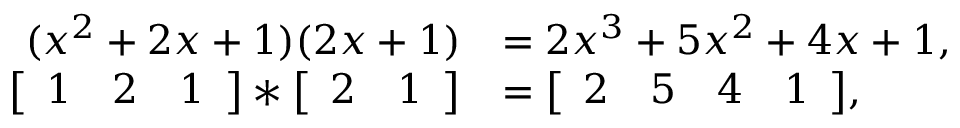
\begin{array} { r l } { ( x ^ { 2 } + 2 x + 1 ) ( 2 x + 1 ) } & { = 2 x ^ { 3 } + 5 x ^ { 2 } + 4 x + 1 , } \\ { \bigl [ \begin{array} { c c c } { 1 } & { 2 } & { 1 } \end{array} \bigr ] * \bigl [ \begin{array} { c c } { 2 } & { 1 } \end{array} \bigr ] } & { = \bigl [ \begin{array} { c c c c } { 2 } & { 5 } & { 4 } & { 1 } \end{array} \bigr ] , } \end{array}